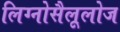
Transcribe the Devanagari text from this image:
लिग्नोसैलूलोज